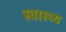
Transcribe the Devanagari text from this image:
स्‍वास्थ्य